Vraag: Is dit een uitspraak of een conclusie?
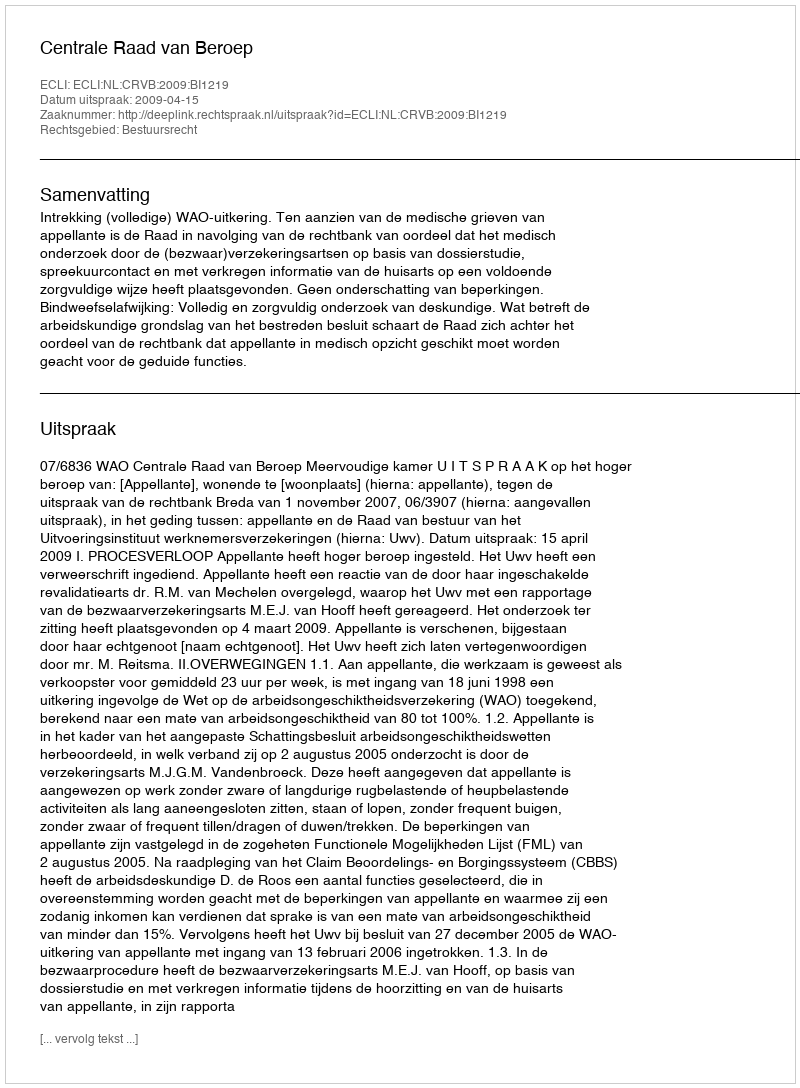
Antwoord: Uitspraak